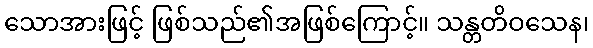
သောအားဖြင့် ဖြစ်သည်၏အဖြစ်ကြောင့်။ သန္တတိဝသေန၊